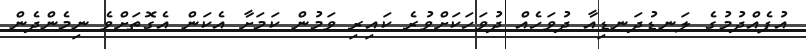
އުފެއްދުމުގެ ލަނޑުދަނޑިއާ ދުވަހެއް ދުވަހަކަށްވުރެ ކައިރި ވަމުން ކަމަށާ އެކަން އެގޮތަށްވެ ނިމެންދެން